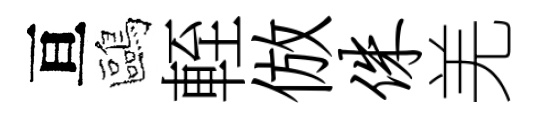
亘鷗輊倣侏羌